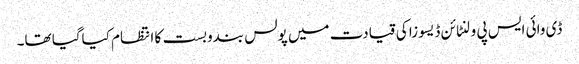
ڈی وائی ایس پی ولنٹائن ڈیسوزا کی قیادت میں پولس بندوبست کا انتظام کیاگیا تھا۔